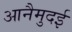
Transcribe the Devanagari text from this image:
आनैमुदई